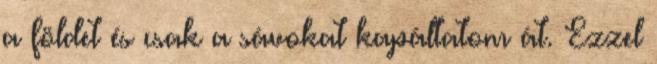
a földet és csak a sávokat kapáltatom át. Ezzel